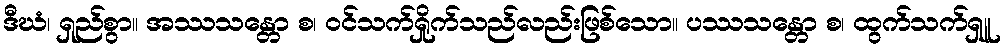
ဒီဃံ၊ ရှည်စွာ။ အဿသန္တော စ၊ ဝင်သက်ရှိုက်သည်လည်းဖြစ်သော။ ပဿသန္တော စ၊ ထွက်သက်ရှူ